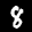
Label: 8